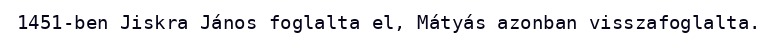
1451-ben Jiskra János foglalta el, Mátyás azonban visszafoglalta.